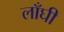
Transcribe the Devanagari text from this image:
लाँघी